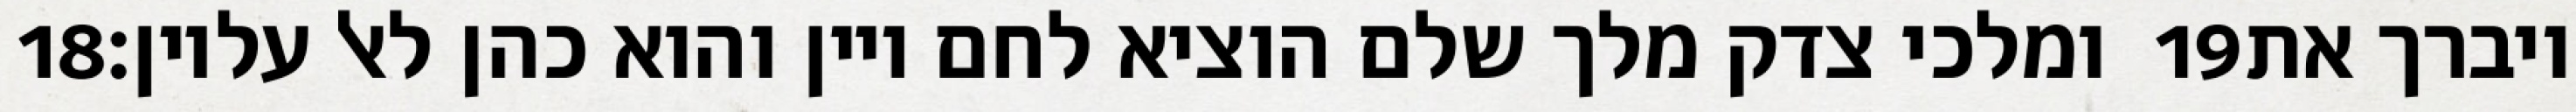
‎18‏ ומלכי צדק מלך שלם הוציא לחם ויין והוא כהן לאל עליון׃ ‎19‏ ויברך את